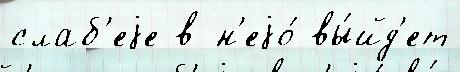
слаб'еjе в н'еjо́ вы́йд'ет